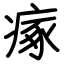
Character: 瘃